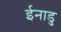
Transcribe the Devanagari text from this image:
ईनाडु